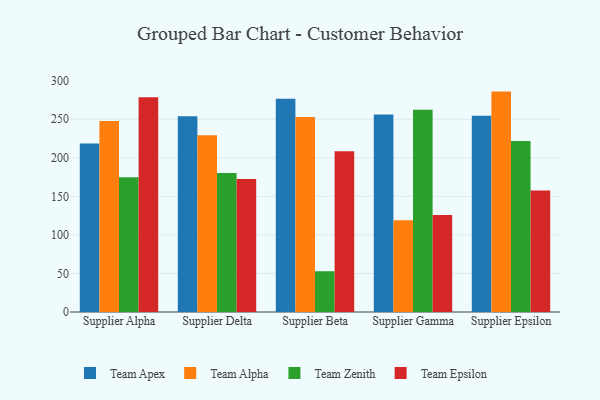
{"axis": {"x": "Supplier", "y": "Temperature (°C)"}, "legend": ["Team Alpha", "Team Apex", "Team Epsilon", "Team Zenith"], "data": [{"x": "Supplier Alpha", "y": 218.7, "type": "Team Apex"}, {"x": "Supplier Alpha", "y": 247.7, "type": "Team Alpha"}, {"x": "Supplier Alpha", "y": 174.9, "type": "Team Zenith"}, {"x": "Supplier Alpha", "y": 278.6, "type": "Team Epsilon"}, {"x": "Supplier Delta", "y": 253.8, "type": "Team Apex"}, {"x": "Supplier Delta", "y": 229.3, "type": "Team Alpha"}, {"x": "Supplier Delta", "y": 180.4, "type": "Team Zenith"}, {"x": "Supplier Delta", "y": 172.6, "type": "Team Epsilon"}, {"x": "Supplier Beta", "y": 276.5, "type": "Team Apex"}, {"x": "Supplier Beta", "y": 253.1, "type": "Team Alpha"}, {"x": "Supplier Beta", "y": 52.9, "type": "Team Zenith"}, {"x": "Supplier Beta", "y": 208.6, "type": "Team Epsilon"}, {"x": "Supplier Gamma", "y": 256.3, "type": "Team Apex"}, {"x": "Supplier Gamma", "y": 118.9, "type": "Team Alpha"}, {"x": "Supplier Gamma", "y": 262.4, "type": "Team Zenith"}, {"x": "Supplier Gamma", "y": 125.9, "type": "Team Epsilon"}, {"x": "Supplier Epsilon", "y": 254.7, "type": "Team Apex"}, {"x": "Supplier Epsilon", "y": 285.9, "type": "Team Alpha"}, {"x": "Supplier Epsilon", "y": 221.7, "type": "Team Zenith"}, {"x": "Supplier Epsilon", "y": 157.6, "type": "Team Epsilon"}]}